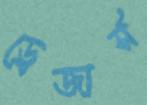
ড্রেজার্স